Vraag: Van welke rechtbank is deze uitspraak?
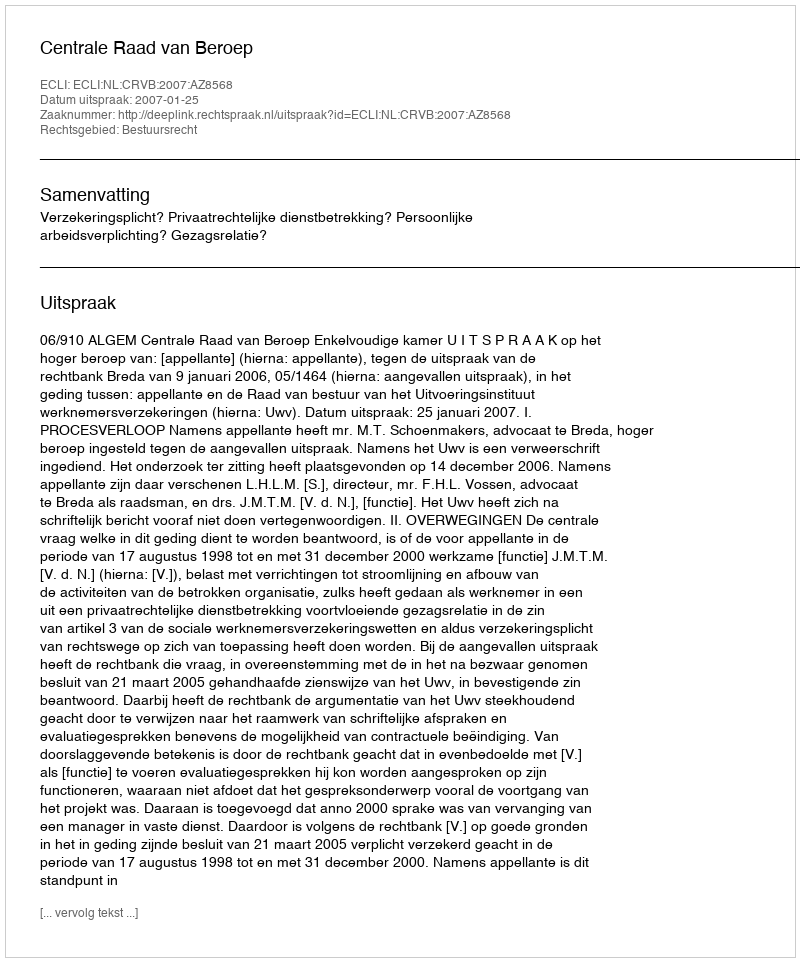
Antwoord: Centrale Raad van Beroep